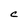
Character: C